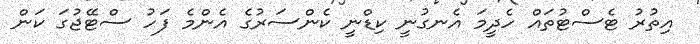
އިތުރު ޓެސްޓުތައް ހެދީމަ އެނގުނީ ކިޑްނީ ކެންސަރުގެ އެންމެ ފަހު ސްޓޭޖުގަ ކަން